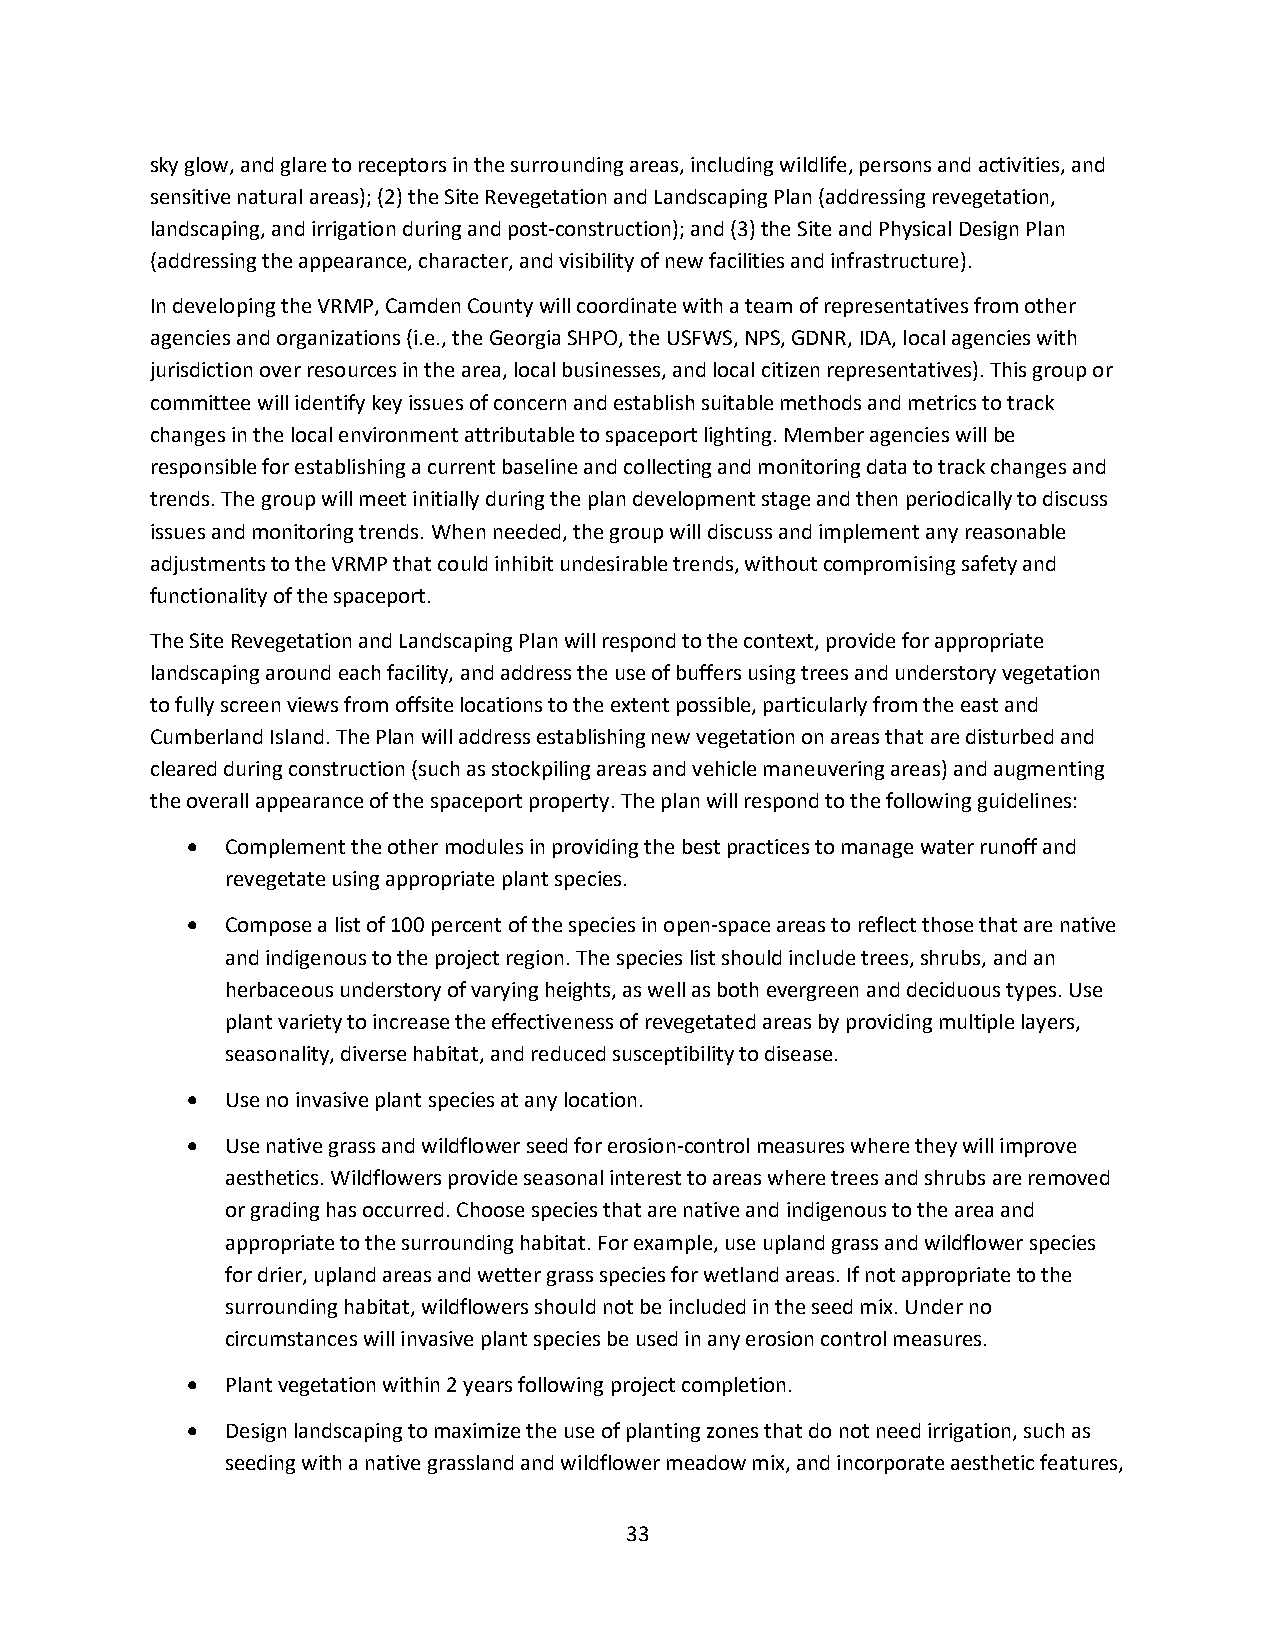
sky glow, and glare to receptors in the surrounding areas, including wildlife, persons and activities, and
 sensitive natural areas); (2) the Site Revegetation and Landscaping Plan (addressing revegetation,
 landscaping, and irrigation during and post-construction); and (3) the Site and Physical Design Plan
 (addressing the appearance, character, and visibility of new facilities and infrastructure).
 In developing the VRMP, Camden County will coordinate with a team of representatives from other
 agencies and organizations (i.e., the Georgia SHPO, the USFWS, NPS, GDNR, IDA, local agencies with
 jurisdiction over resources in the area, local businesses, and local citizen representatives). This group or
 committee will identify key issues of concern and establish suitable methods and metrics to track
 changes in the local environment attributable to spaceport lighting. Member agencies will be
 responsible for establishing a current baseline and collecting and monitoring data to track changes and
 trends. The group will meet initially during the plan development stage and then periodically to discuss
 issues and monitoring trends. When needed, the group will discuss and implement any reasonable
 adjustments to the VRMP that could inhibit undesirable trends, without compromising safety and
 functionality of the spaceport.
 The Site Revegetation and Landscaping Plan will respond to the context, provide for appropriate
 landscaping around each facility, and address the use of buffers using trees and understory vegetation
 to fully screen views from offsite locations to the extent possible, particularly from the east and
 Cumberland Island. The Plan will address establishing new vegetation on areas that are disturbed and
 cleared during construction (such as stockpiling areas and vehicle maneuvering areas) and augmenting
 the overall appearance of the spaceport property. The plan will respond to the following guidelines:
 •  Complement the other modules in providing the best practices to manage water runoff and
 revegetate using appropriate plant species.
 •  Compose a list of 100 percent of the species in open-space areas to reflect those that are native
 and indigenous to the project region. The species list should include trees, shrubs, and an
 herbaceous understory of varying heights, as well as both evergreen and deciduous types. Use
 plant variety to increase the effectiveness of revegetated areas by providing multiple layers,
 seasonality, diverse habitat, and reduced susceptibility to disease.
 •  Use no invasive plant species at any location.
 •  Use native grass and wildflower seed for erosion-control measures where they will improve
 aesthetics. Wildflowers provide seasonal interest to areas where trees and shrubs are removed
 or grading has occurred. Choose species that are native and indigenous to the area and
 appropriate to the surrounding habitat. For example, use upland grass and wildflower species
 for drier, upland areas and wetter grass species for wetland areas. If not appropriate to the
 surrounding habitat, wildflowers should not be included in the seed mix. Under no
 circumstances will invasive plant species be used in any erosion control measures.
 •  Plant vegetation within 2 years following project completion.
 •  Design landscaping to maximize the use of planting zones that do not need irrigation, such as
 seeding with a native grassland and wildflower meadow mix, and incorporate aesthetic features,
 33